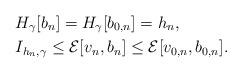
LaTeX: \begin{align*}&H_{\gamma}[b_n]=H_{\gamma}[b_{0,n}]=h_n,\\&I_{h_n,\gamma}\leq {\mathcal{E}}[v_n,b_n]\leq {\mathcal{E}}[v_{0,n},b_{0,n}]. \end{align*}